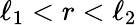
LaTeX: \ell_{1}<r<\ell_{2}